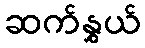
ဆက်နွှယ်